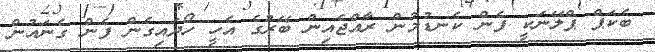
ބެކަޕް ޕްލޭނަކީ ފެން ކެނޑުމުން ރާއްޖެއިން ބޭރުގެ އެހީ ހޯދައިގެން ފެން ގެނައުން